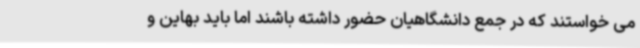
می خواستند که در جمع دانشگاهیان حضور داشته باشند اما باید بهاین و